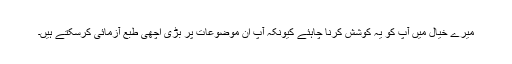
میرے خیال میں آپ کو یہ کوشش کرنا چاہئے کیونکہ آپ ان موضوعات پر بڑی اچھی طبع آزمائی کرسکتے ہیں۔